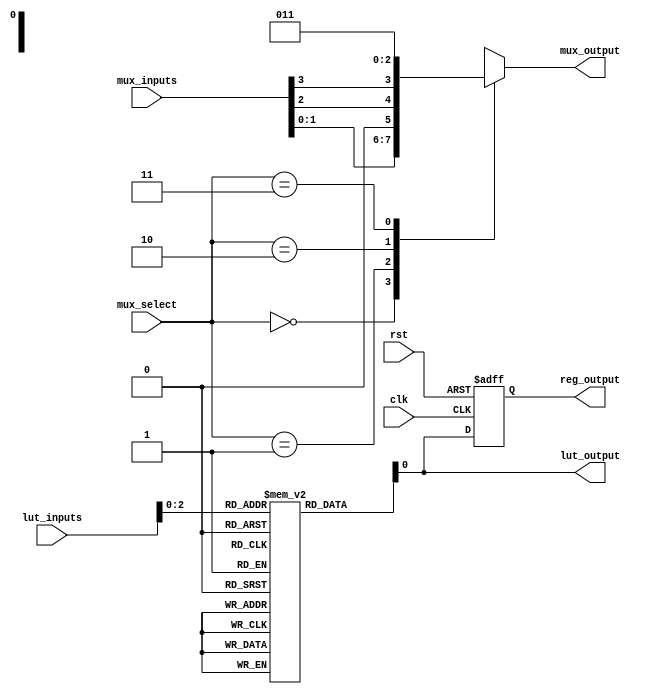
module combinational_logic_block (
    input      [3:0]  lut_inputs,    // Inputs to the LUT
    input      [1:0]  mux_select,    // Select line for the MUX
    input      [3:0]  mux_inputs,    // Inputs to the MUX
    input      clk,                  // Clock for the flip-flop
    input      rst,                  // Reset for the flip-flop
    output reg [1:0]  mux_output,    // Output from the MUX
    output reg        lut_output,     // Output from the LUT
    output reg        reg_output      // Output from the flip-flop
);

    // Configuration memory for LUT (8-entry truth table for 3 inputs)
    reg [7:0] lut_memory [0:7]; // 8 depth for 3-input LUT (2^3 = 8)
    
    initial begin
        // Example configuration for the LUT
        lut_memory[0] = 1'b0;  // LUT[0]: 000 -> 0
        lut_memory[1] = 1'b1;  // LUT[1]: 001 -> 1
        lut_memory[2] = 1'b1;  // LUT[2]: 010 -> 1
        lut_memory[3] = 1'b0;  // LUT[3]: 011 -> 0
        lut_memory[4] = 1'b1;  // LUT[4]: 100 -> 1
        lut_memory[5] = 1'b1;  // LUT[5]: 101 -> 1
        lut_memory[6] = 1'b1;  // LUT[6]: 110 -> 1
        lut_memory[7] = 1'b0;  // LUT[7]: 111 -> 0
    end

    // Lookup Table logic
    always @(*) begin
        lut_output = lut_memory[lut_inputs[2:0]]; // Select LUT output based on inputs
    end

    // Multiplexer logic
    always @(*) begin
        case (mux_select)
            2'b00: mux_output = mux_inputs[1:0];  // Select first 2 bits
            2'b01: mux_output = {1'b0, mux_inputs[2]}; // Select second input with a prepended 0
            2'b10: mux_output = {mux_inputs[3], 1'b0}; // Select third input with a prepended 0
            2'b11: mux_output = 2'b11;               // Select fixed output
            default: mux_output = 2'b00;            // Default case
        endcase
    end

    // Flip-Flop with reset
    always @(posedge clk or posedge rst) begin
        if (rst)
            reg_output <= 1'b0; // Asynchronous reset
        else
            reg_output <= lut_output; // Store LUT output
    end

endmodule